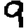
Digit: 9